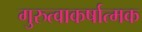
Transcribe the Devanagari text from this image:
गुरुत्वाकर्षात्मक